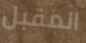
المقبل